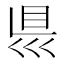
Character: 𥄉